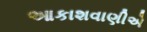
આકાશવાણીએ